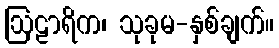
ဩဠာရိက၊ သုခုမ-နှစ်ချက်။